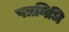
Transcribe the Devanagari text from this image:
पत्रनिधि